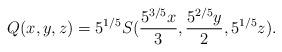
LaTeX: \begin{align*} Q(x,y,z) = 5^{1/5}S(\frac{5^{3/5}x}{3}, \frac{5^{2/5}y}{2}, 5^{1/5}z).\end{align*}